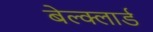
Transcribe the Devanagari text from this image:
बेल्क्लार्ड